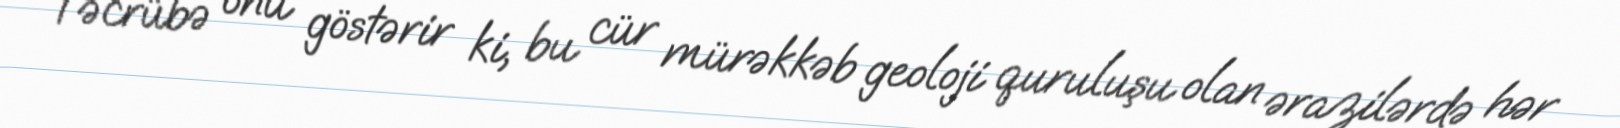
Təcrübə onu göstərir ki, bu cür mürəkkəb geoloji quruluşu olan ərazilərdə hər